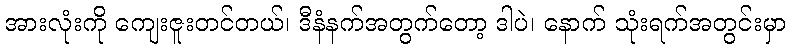
အားလုံးကို ကျေးဇူးတင်တယ်၊ ဒီနံနက်အတွက်တော့ ဒါပဲ၊ နောက် သုံးရက်အတွင်းမှာ